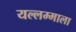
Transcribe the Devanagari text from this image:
यल्लम्माला